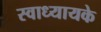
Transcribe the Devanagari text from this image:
स्‍वाध्‍यायके